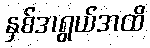
နှစ်အရွယ်အထိ